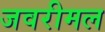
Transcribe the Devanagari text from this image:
जवरीमल